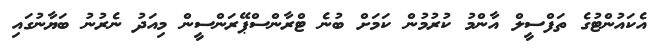
އެކައުންޓުގެ ތަފްސީލް އާންމު ކުރުމުން ކަމަށް ބުނެ ޓްރާންސްޕޭރަންސީން މިއަދު ނެރުނު ބަޔާނުގައި